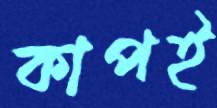
কাপই